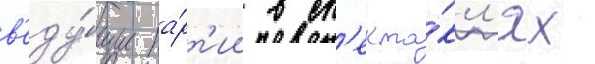
в'еду́щие па́рт'ии в сп'екта́кл'ях